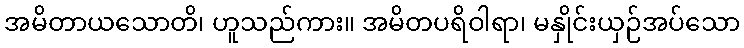
အမိတာယသောတိ၊ ဟူသည်ကား။ အမိတပရိဝါရာ၊ မနှိုင်းယှဉ်အပ်သော